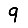
Digit: 9